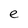
Character: e